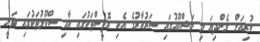
ކުރިއަށް ގެންދިޔަ މި މަޝްރޫއުގައި ސަރުކާރުގެ އެކި އޮފީސްތަކުގައި އާއި ސްކޫލުތަކުގައި ވަނީ